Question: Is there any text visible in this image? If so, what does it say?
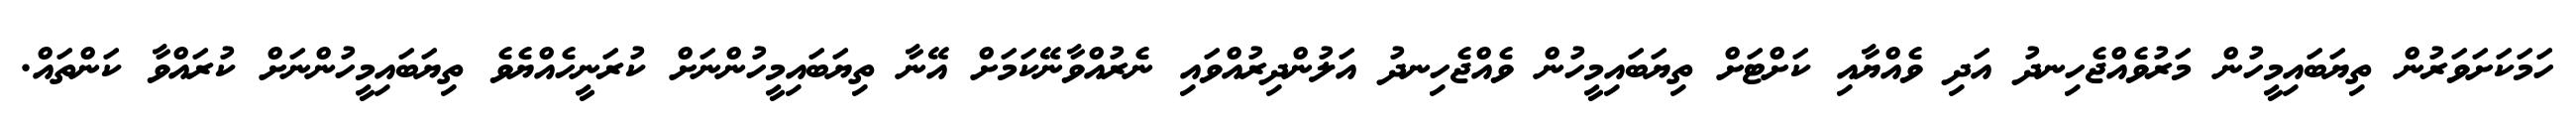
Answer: ހަމަކަށަވަރުން ތިޔަބައިމީހުން މަރުވެއްޖެހިނދު އަދި ވެއްޔާއި ކަށްޓަށް ތިޔަބައިމީހުން ވެއްޖެހިނދު އަލުންދިރުއްވައި ނެރުއްވާނޭކަމަށް އޭނާ ތިޔަބައިމީހުންނަށް ކުރަނީހެއްޔެވެ ތިޔަބައިމީހުންނަށް ކުރައްވާ ކަންތައް.